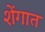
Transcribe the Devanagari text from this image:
शेंगात